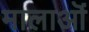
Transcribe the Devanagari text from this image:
मालाऒं